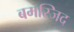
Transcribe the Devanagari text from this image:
बमस्जिद